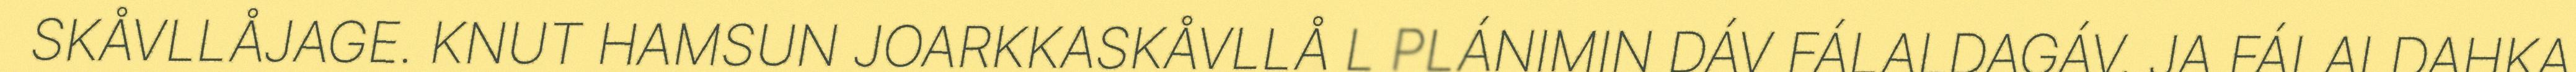
SKÅVLLÅJAGE. KNUT HAMSUN JOARKKASKÅVLLÅ L PLÁNIMIN DÁV FÁLALDAGÁV, JA FÁLALDAHKA